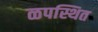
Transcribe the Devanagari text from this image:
ळपस्थित